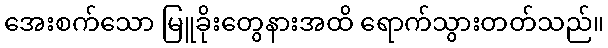
အေးစက်သော မြူခိုးတွေနားအထိ ရောက်သွားတတ်သည်။